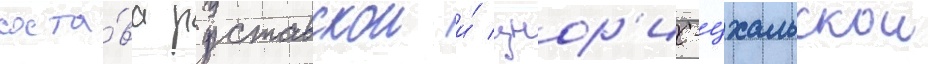
соста́ва руставскои и́ цнор'ис-цхальскои